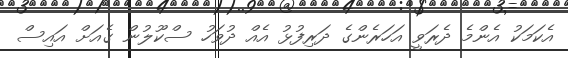
އެކަމަކު އެންމެ ދެރަވީ އަހަރެންގެ ދަރިފުޅު އެއް ދުވަހު ސްކޫލުން ގެއަށް އައިސް